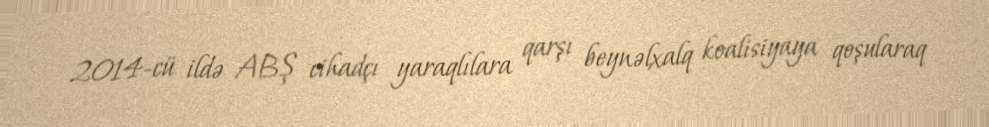
2014-cü ildə ABŞ cihadçı yaraqlılara qarşı beynəlxalq koalisiyaya qoşularaq